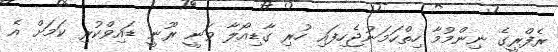
ރެފްރީގެ ނިންމުމާ ހިތްހަމަނުޖެހިފައި ހުރި ގާޑިއޯލާ ވަނީ ރޫނީ ޑައިވްކުރި ކަމަށް އެ